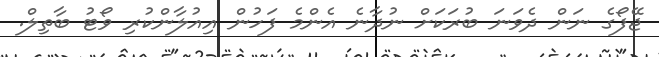
ޖޭފޯގެ ނަން ދެވަނަ ބުރަކަށް ނުދާނެ އެންމެ ފަހުން އިއުލާންކުރި ވޯޓު ބާތިލް.